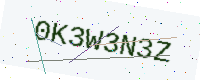
Text: 0K3W3N3Z